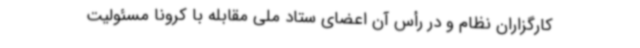
کارگزاران نظام و در رأس آن اعضای ستاد ملی مقابله با کرونا مسئولیت